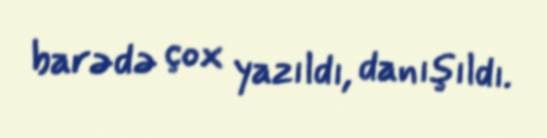
barədə çox yazıldı, danışıldı.